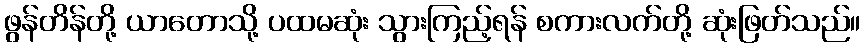
ဖွန်တိန်တို့ ယာတောသို့ ပထမဆုံး သွားကြည့်ရန် စကားလက်တို့ ဆုံးဖြတ်သည်။